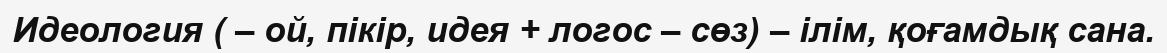
Идеология ( – ой, пікір, идея + логос – сөз) – ілім, қоғамдық сана.